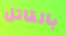
بالقاتل